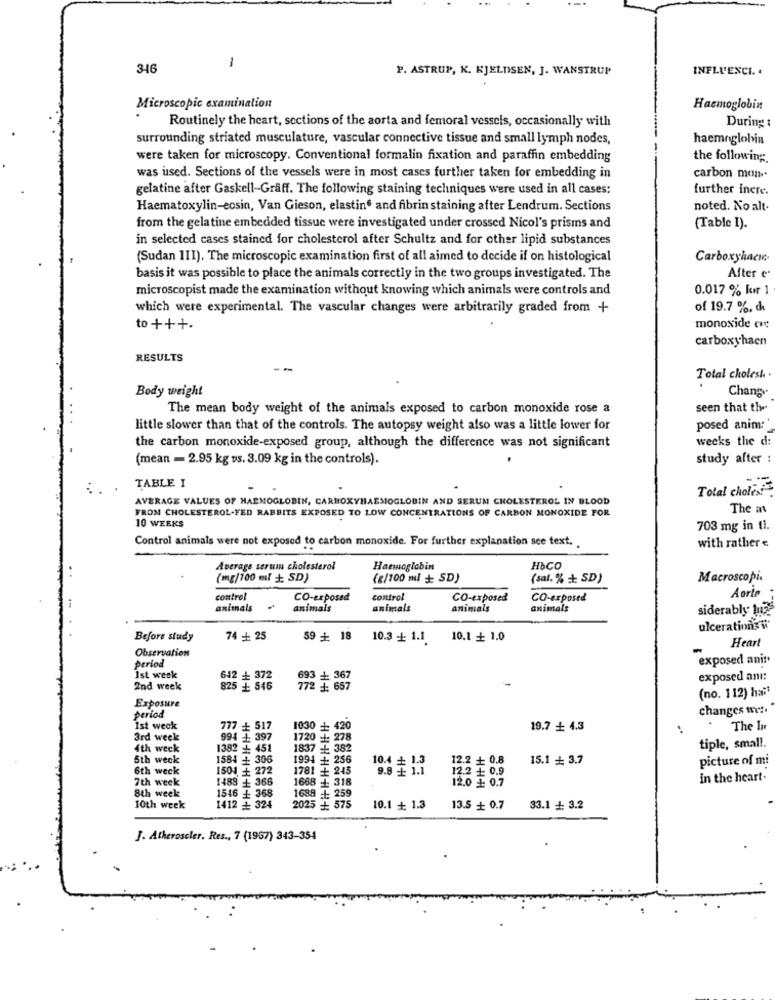
346
-
P. ASTRUP, K. KJELDSEN, J. WANSTRUP
INFLUENCI. .
Microscopic examination
Haemoglobin
Routinely the heart, sections of the aorta and femoral vessels, occasionally with
During
surrounding striated musculature, vascular connective tissue and small lymph nodes,
haemoglobin
were taken for microscopy. Conventional formalin fixation and paraffin embedding
the following :.
was used. Sections of the vessels were in most cases further taken for embedding in
carbon man-
gelatine after Gaskell-Gräff. The following staining techniques were used in all cases:
further incre.
Haematoxylin-eosin, Van Gieson, elastin and fibrin staining after Lendrum. Sections
noted. No alt.
from the gelatine embedded tissue were investigated under crossed Nicol's prisms and
(Table I).
in selected cases stained for cholesterol after Schultz and for other lipid substances
(Sudan 1II). The microscopic examination first of all aimed to decide if on histological
Carboxyhacı-
basis it was possible to place the animals correctly in the two groups investigated. The
After e
microscopist made the examination without knowing which animals were controls and
0.017 % for 1
which were experimental. The vascular changes were arbitrarily graded from +
of 19.7 %, di
to +++.
monoxide cic
carboxyhaen
RESULTS
--
Total cholest .
Chang
Body weight
The mean body weight of the animals exposed to carbon monoxide rose a
seen that the
little slower than that of the controls. The autopsy weight also was a little lower for
posed anim:'
wecks the d:
the carbon monoxide-exposed group, although the difference was not significant
(mean - 2.95 kg vs. 3.09 kg in the controls).
study after :
TABLE I
Total cholest
AVERAGE VALUES OF HAEMOGLOBIN, CARBOXYHAEMOGLOBIN AND SERUM CHOLESTEROL IN BLOOD
FROM CHOLESTEROL-FED RABBITS EXPOSED TO LOW CONCENTRATIONS OF CARBON MONOXIDE FOR
The ant
10 WEEKS
703 mg in 11.
Control animals were not exposed to carbon monoxide. For further explanation sce text.
with rather «
Average seruin cholesterol
Haemoglobin
H&CO
(mg/100 ml + SD)
(g/100 ml + SD)
(sal. % + SD)
Macroscopi.
control
CO-exposed
control
CO-exposed
CO-exposed
Aorio
animals - animals
animals
animals
animals
siderably luz
ulceration
Before study
74 + 25
59 + 18
10.3 + 1.1.
10.1 + 1.0
Heart
Observation
period
exposed anis
Ist week
642 + 372
693 + 367
exposed anı:
2nd week
825 + 546
772 #: 657
(no. 112) hai*
Exposure
changes wer.
period
1030 + 420
Ist weck
777 + 517
19.7 + 4.3
The L
3rd week
1 397
1720 #: 278
4th weck
1382 + 451
1837 + 382
tiple, small.
5th weck
1584 + 306
1994 + 256
12.2 + 0.8
15.1 + 3.7
picture of mi
6th weck
1504 + 272
1781 + 245
9.8 : 1.1
12.2 + 0.9
7th week
1488 + 366
8 + 318
12.0 + 0.7
in the heart.
8th week
1412 - 324
1546 + 368
2025 - 575
8 + 259
10th week
HHHHHHHH
10.1 + 1.3
13.5 + 0.7
33.1 + 3.2
J. Atheroseler. Res ., 7 (1967) 343-354